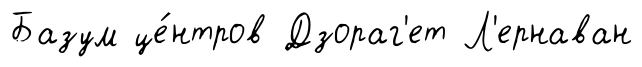
Базум це́нтров Дзораг'ет Л'ернаван